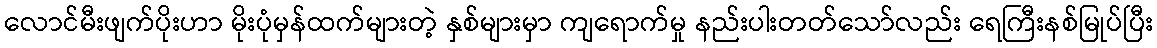
လောင်မီးဖျက်ပိုးဟာ မိုးပုံမှန်ထက်များတဲ့ နှစ်များမှာ ကျရောက်မှု နည်းပါးတတ်သော်လည်း ရေကြီးနစ်မြုပ်ပြီး